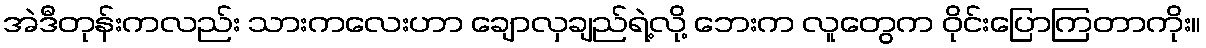
အဲဒီတုန်းကလည်း သားကလေးဟာ ချောလှချည်ရဲ့လို့ ဘေးက လူတွေက ဝိုင်းပြောကြတာကိုး။